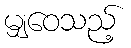
မျှဝေသည့်